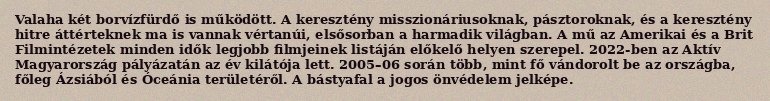
Valaha két borvízfürdő is működött. A keresztény misszionáriusoknak, pásztoroknak, és a keresztény hitre áttérteknek ma is vannak vértanúi, elsősorban a harmadik világban. A mű az Amerikai és a Brit Filmintézetek minden idők legjobb filmjeinek listáján előkelő helyen szerepel. 2022-ben az Aktív Magyarország pályázatán az év kilátója lett. 2005–06 során több, mint fő vándorolt be az országba, főleg Ázsiából és Óceánia területéről. A bástyafal a jogos önvédelem jelképe.